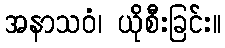
အနာသဝံ၊ ယိုစီးခြင်း။